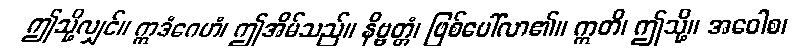
ဤသို့လျှင်။ ဣဒံဂေဟံ၊ ဤအိမ်သည်။ နိဗ္ဗတ္တံ၊ ဖြစ်ပေါ်လာ၏။ ဣတိ၊ ဤသို့။ အဝေါစ၊